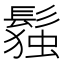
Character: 𬴭